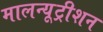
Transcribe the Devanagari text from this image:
मालन्यूट्रीशन